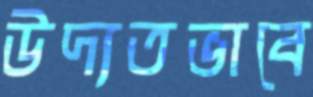
উদ্যতভাবে